Account of plague administration in the Bombay Presidency from September 1896 till May 1897
Year: 1896
Disease focus: Plague
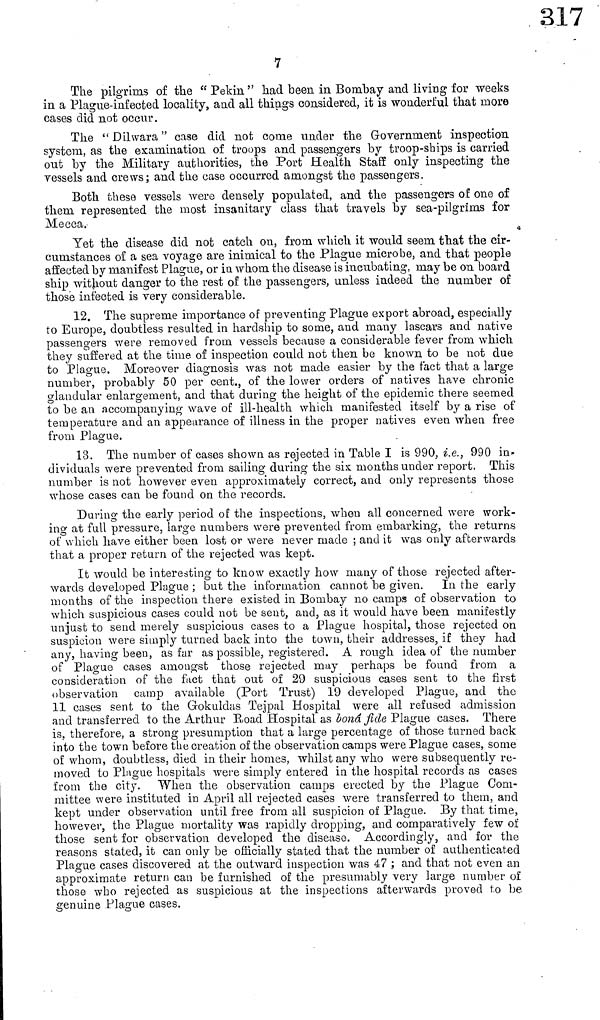
7
The pilgrims of the " Pekin " had been in Bombay and living for weeks
in a Plague-infected locality, and all things considered, it is wonderful that more
cases did not occur.
The " Dilwara " case did not come under the Government inspection
system, as the examination of troops and passengers by troop-ships is carried
out by the Military authorities, the Port Health Staff only inspecting the
vessels and crews; and the case occurred amongst the passengers.
Both these vessels were densely populated, and the passengers of one of
them represented the most insanitary class that travels by sea-pilgrims for
Mecca,
Yet the disease did not catch on, from which it would seem that the cir-
cumstances of a sea voyage are inimical to the Plague microbe, and that people
affected by manifest Plague, or in whom the disease is incubating, may be on board
ship without danger to the rest of the passengers, unless indeed the number of
those infected is very considerable.
12. The supreme importance of preventing Plague export abroad, especially
to Europe, doubtless resulted in hardship to some, and many lascars and native
passengers were removed from vessels because a considerable fever from which
they suffered at the time of inspection could not then be known to be not due
to Plague. Moreover diagnosis was not made easier by the fact that a large
number, probably 50 per cent., of the lower orders of natives have chronic
glandular enlargement, and that during the height of the epidemic there seemed
to be an accompanying wave of ill-health which manifested itself by a rise of
temperature and an appearance of illness in the proper natives even when free
from Plague.
18. The number of cases shown as rejected in Table I is 990, i.e., 990 in-
dividuals were prevented from sailing during the six months under report. This
number is not however even approximately correct, and only represents those
whose cases can be found on the records.
During the early period of the inspections, when all concerned were work-
ing at full pressure, large numbers were prevented from embarking, the returns
of which have either been lost or were never made ; and it was only afterwards
that a proper return of the rejected was kept.
It would be interesting to know exactly how many of those rejected after-
wards developed Plague ; but the information cannot be given. In the early
months of the inspection there existed in Bombay no camps of observation to
which suspicious cases could not be sent, and, as it would have been manifestly
unjust to send merely suspicious cases to a Plague hospital, those rejected on
suspicion were simply turned back into the town, their addresses, if they had
any, having been, as far as possible, registered. A rough idea of the number
of Plague cases amongst those rejected may perhaps be found from a
consideration of the fact that out of 29 suspicious cases sent to the first
observation camp available (Port Trust) 19 developed Plague, and the
11 cases sent to the Gokuldas Tejpal Hospital were all refused admission
and transferred to the Arthur Road Hospital as bond fide Plague cases. There
is. therefore, a strong presumption that a large percentage of those turned back
into the town before the creation of the observation camps were Plague cases, some
of whom, doubtless, died in their homes, whilst any who were subsequently re-
moved to Plague hospitals were simply entered in the hospital records as cases
from the city. When the observation camps erected by the Plague Com-
mittee were instituted in April all rejected cases were transferred to them, and
kept under observation until free from all suspicion of Plague. By that time,
however, the Plague mortality was rapidly dropping, and comparatively few of
those sent for observation developed the disease. Accordingly, and for the
reasons stated, it can only be officially stated that the number of authenticated
Plague cases discovered at the outward inspection was 47 ; and that not even an
approximate return can be furnished of the presumably very large number of
those who rejected as suspicious at the inspections afterwards proved to be
genuine Plague cases.